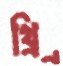
থ্র্রি